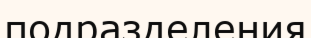
подразделения